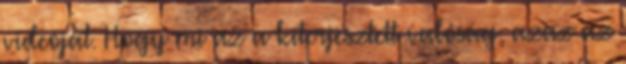
videóját. Hogy mi az a kiterjesztett valóság, azaz az